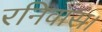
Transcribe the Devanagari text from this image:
रनिवास।